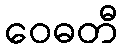
ဝေဓတီ